Bréfritari: Þórarinn Stefánsson
Dagsetning: A-1933-10-13
Skrifað á: Vesturheimi

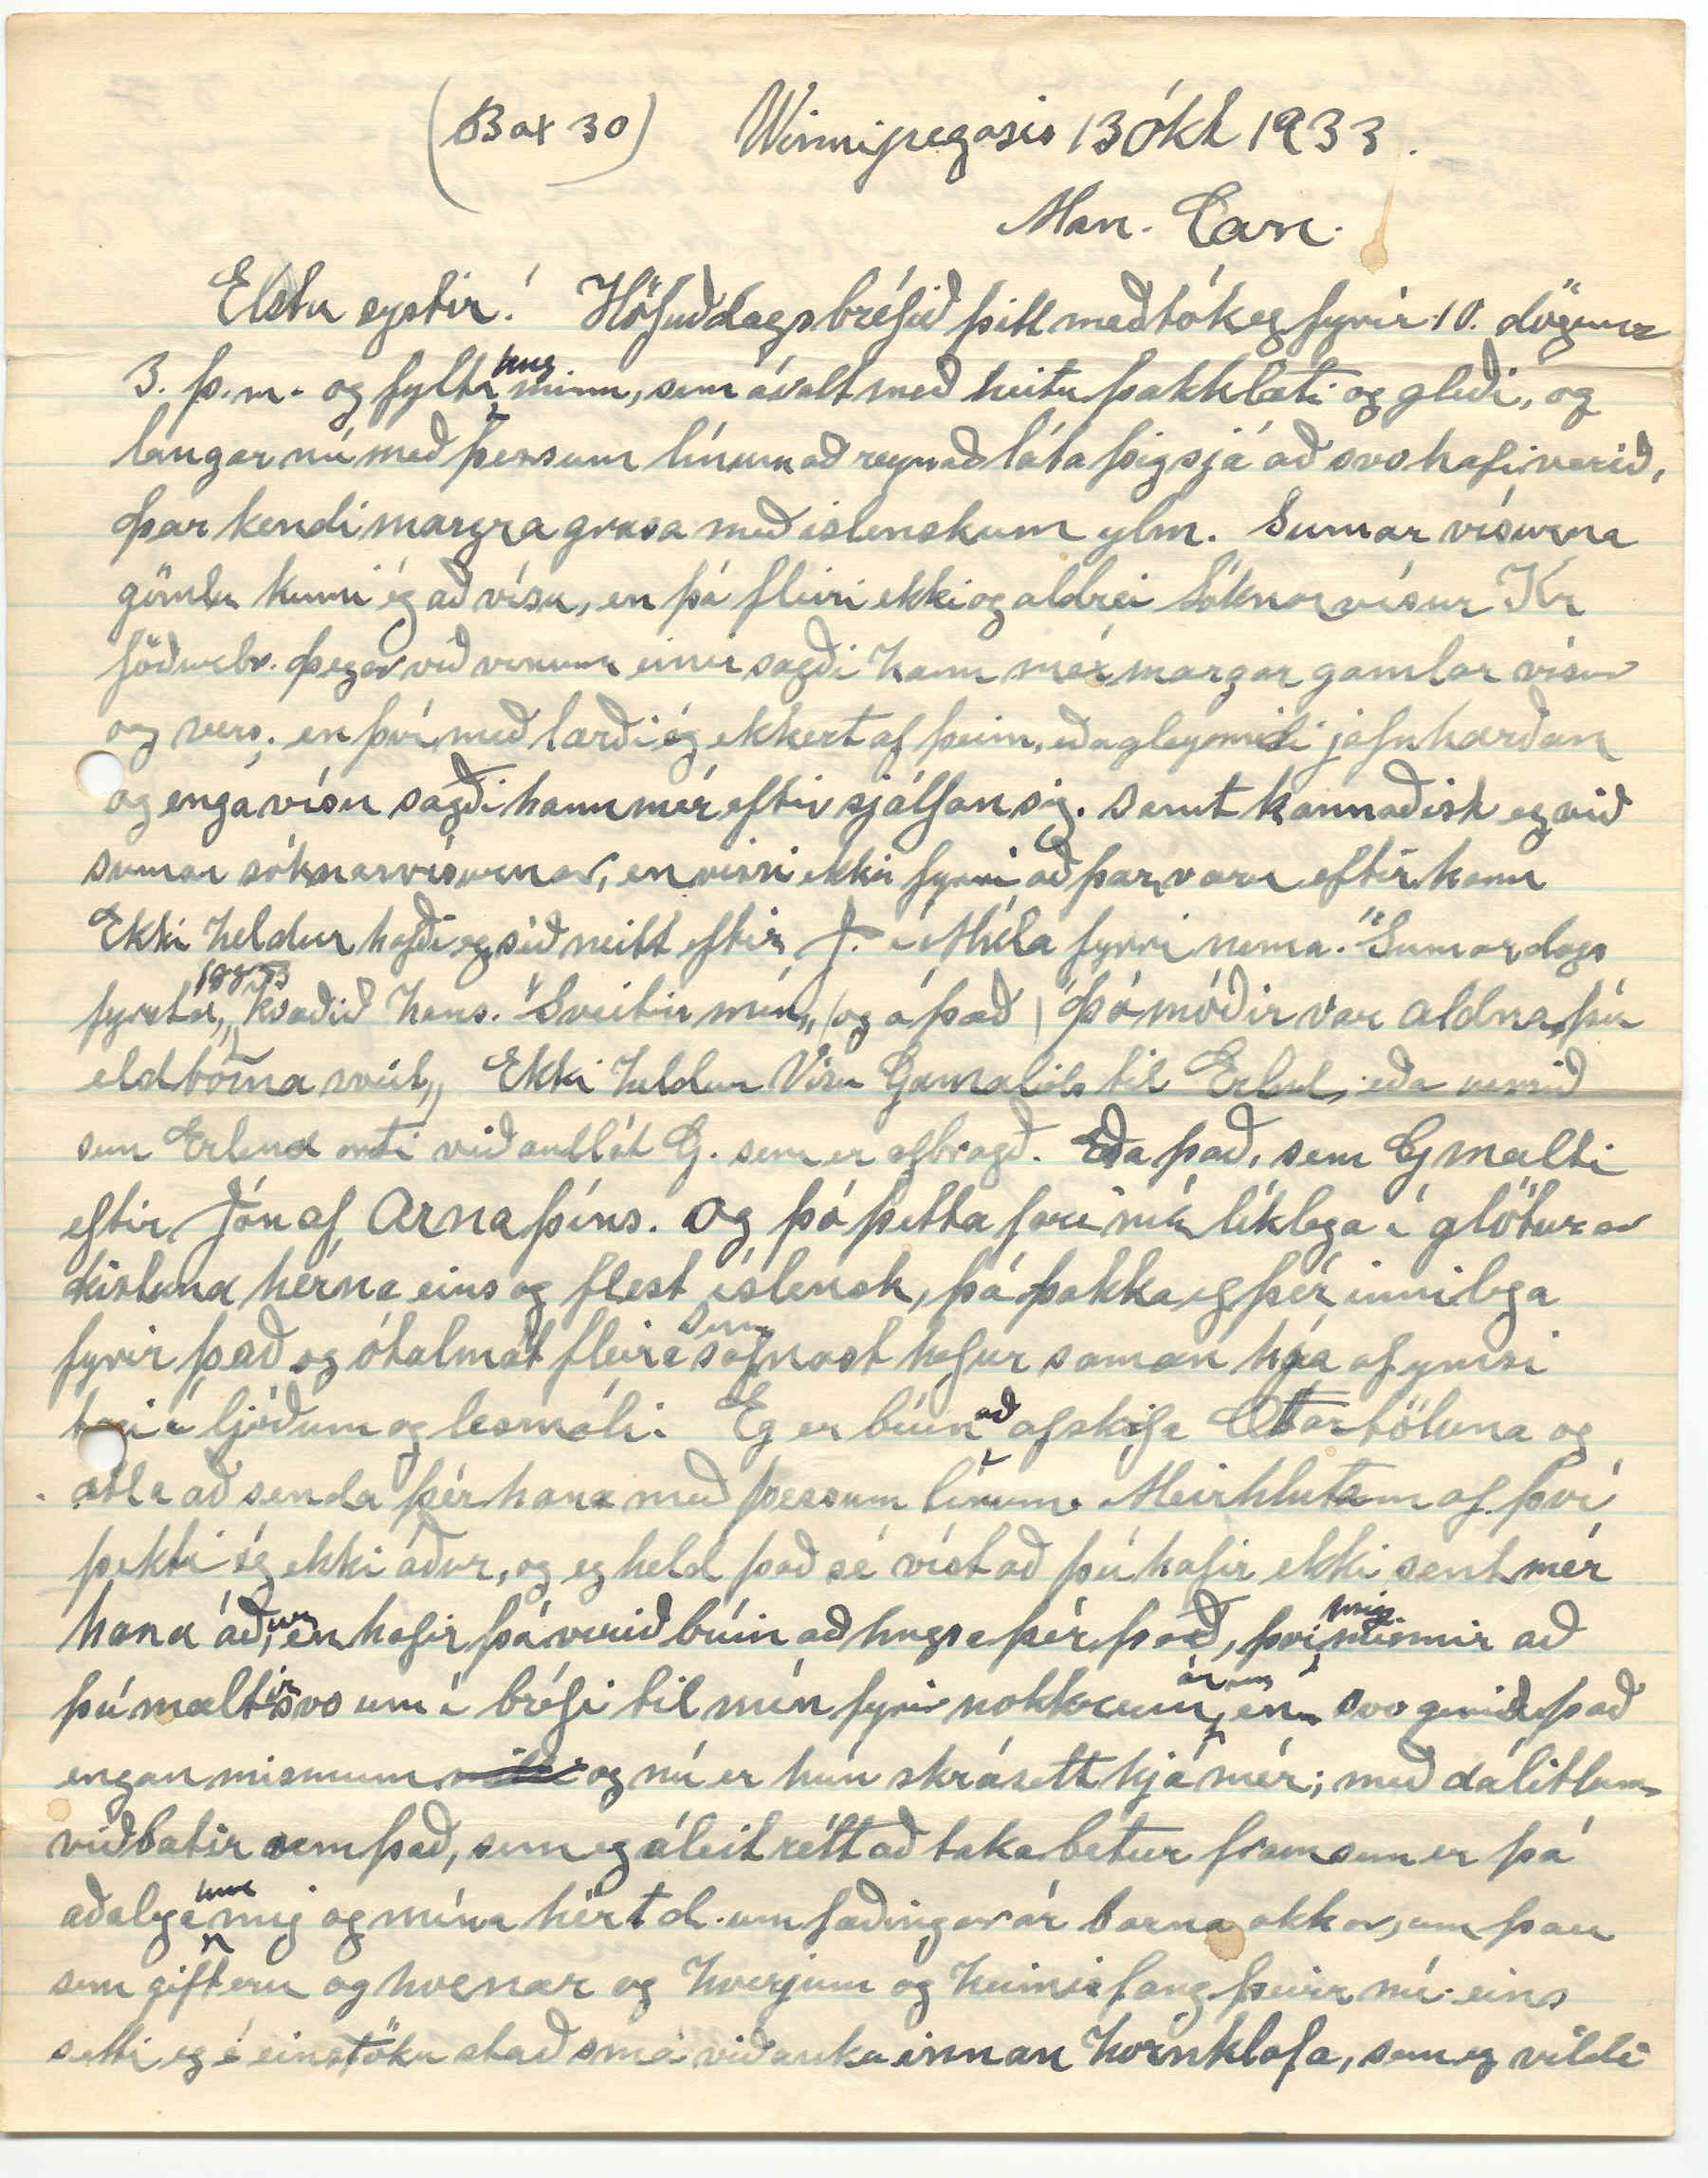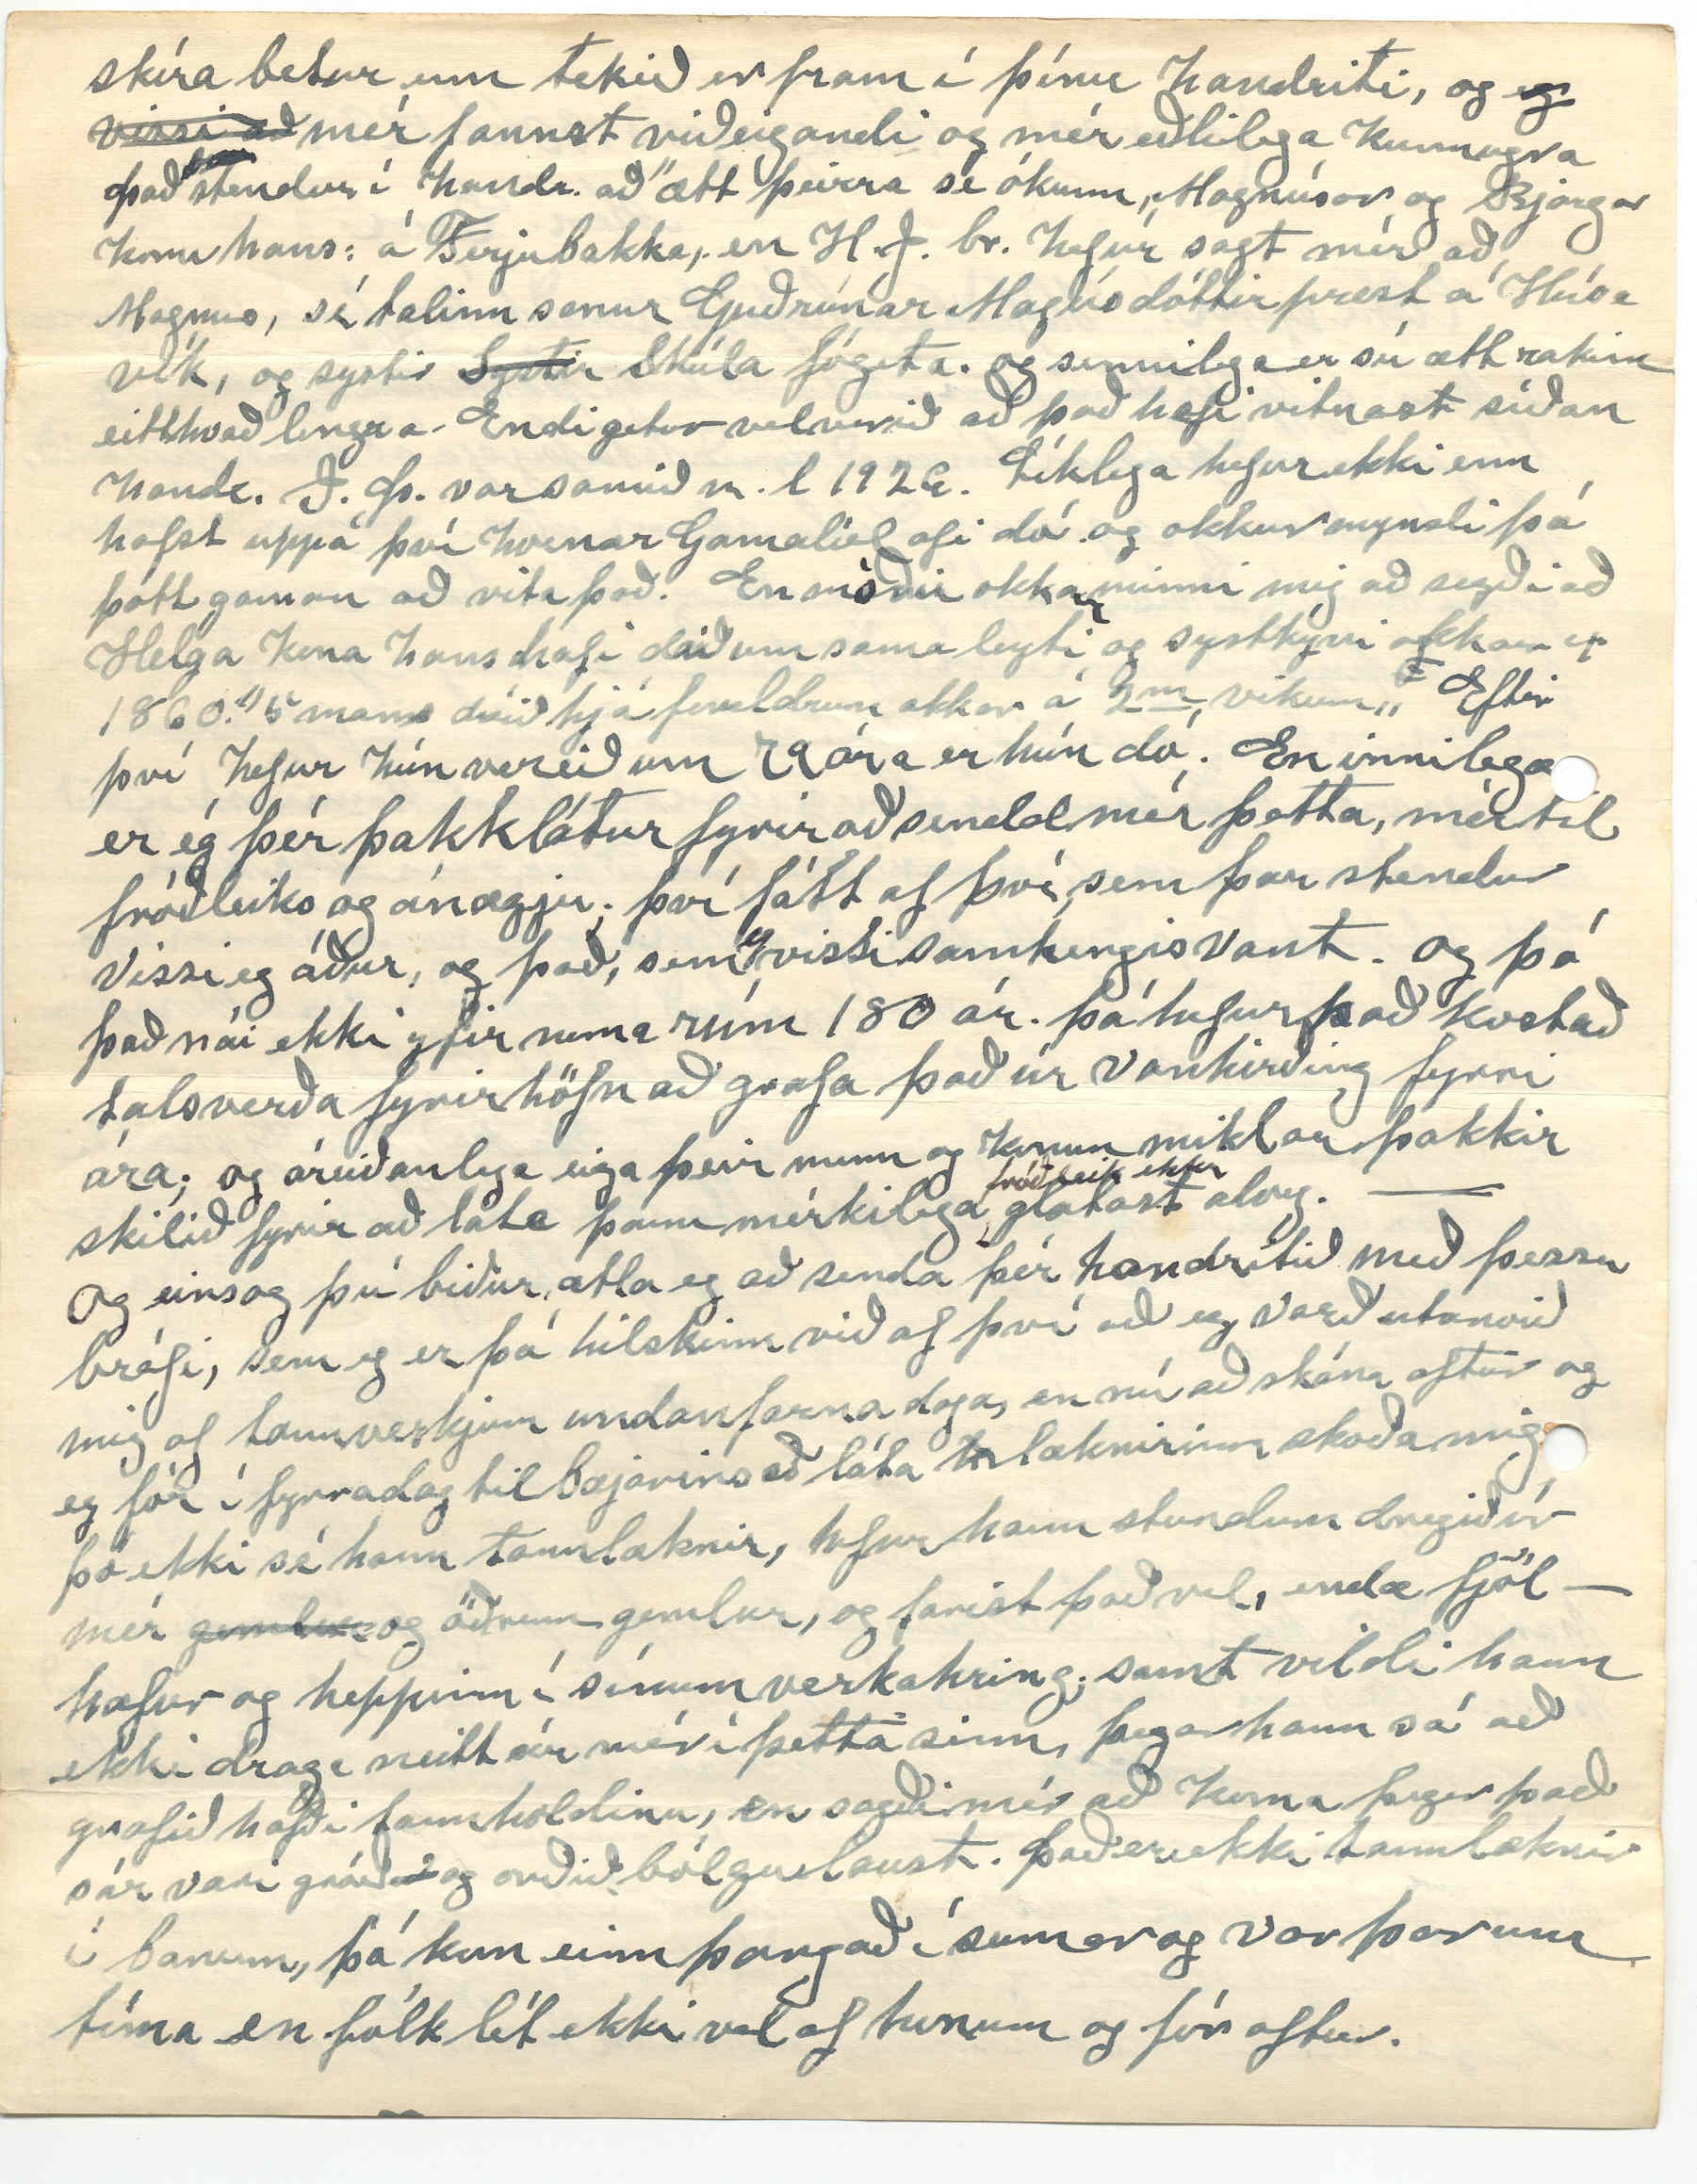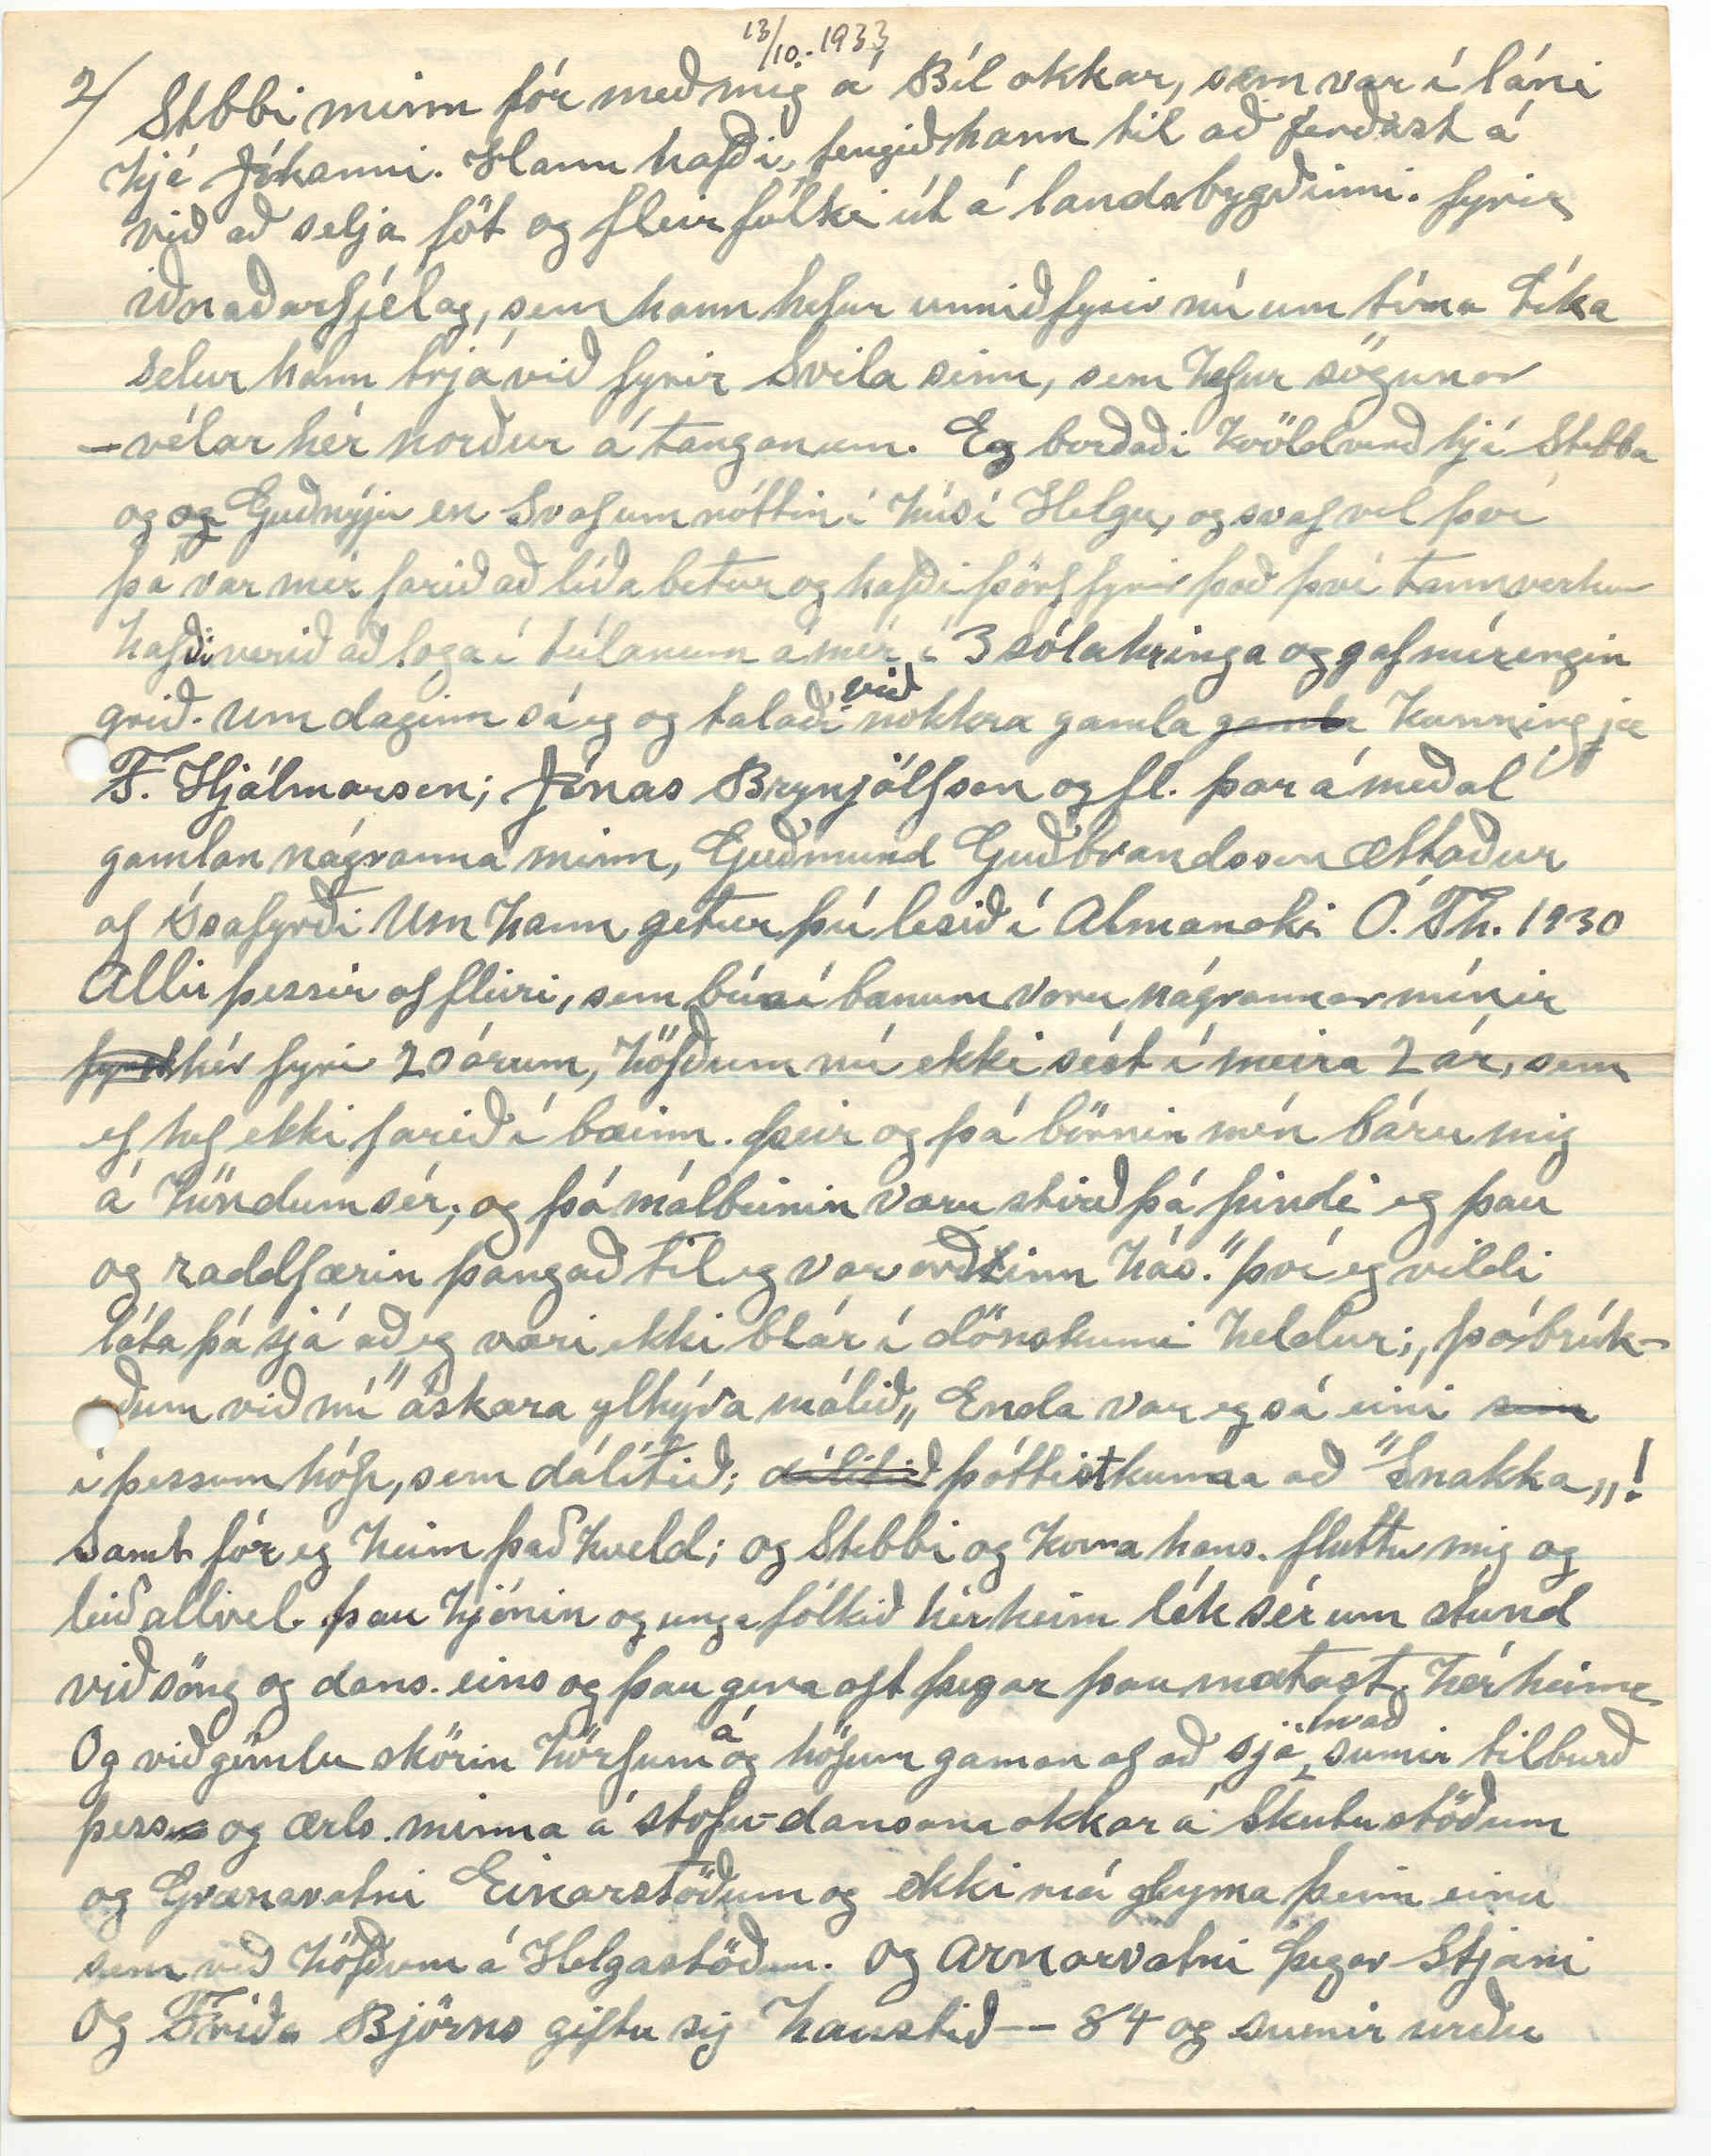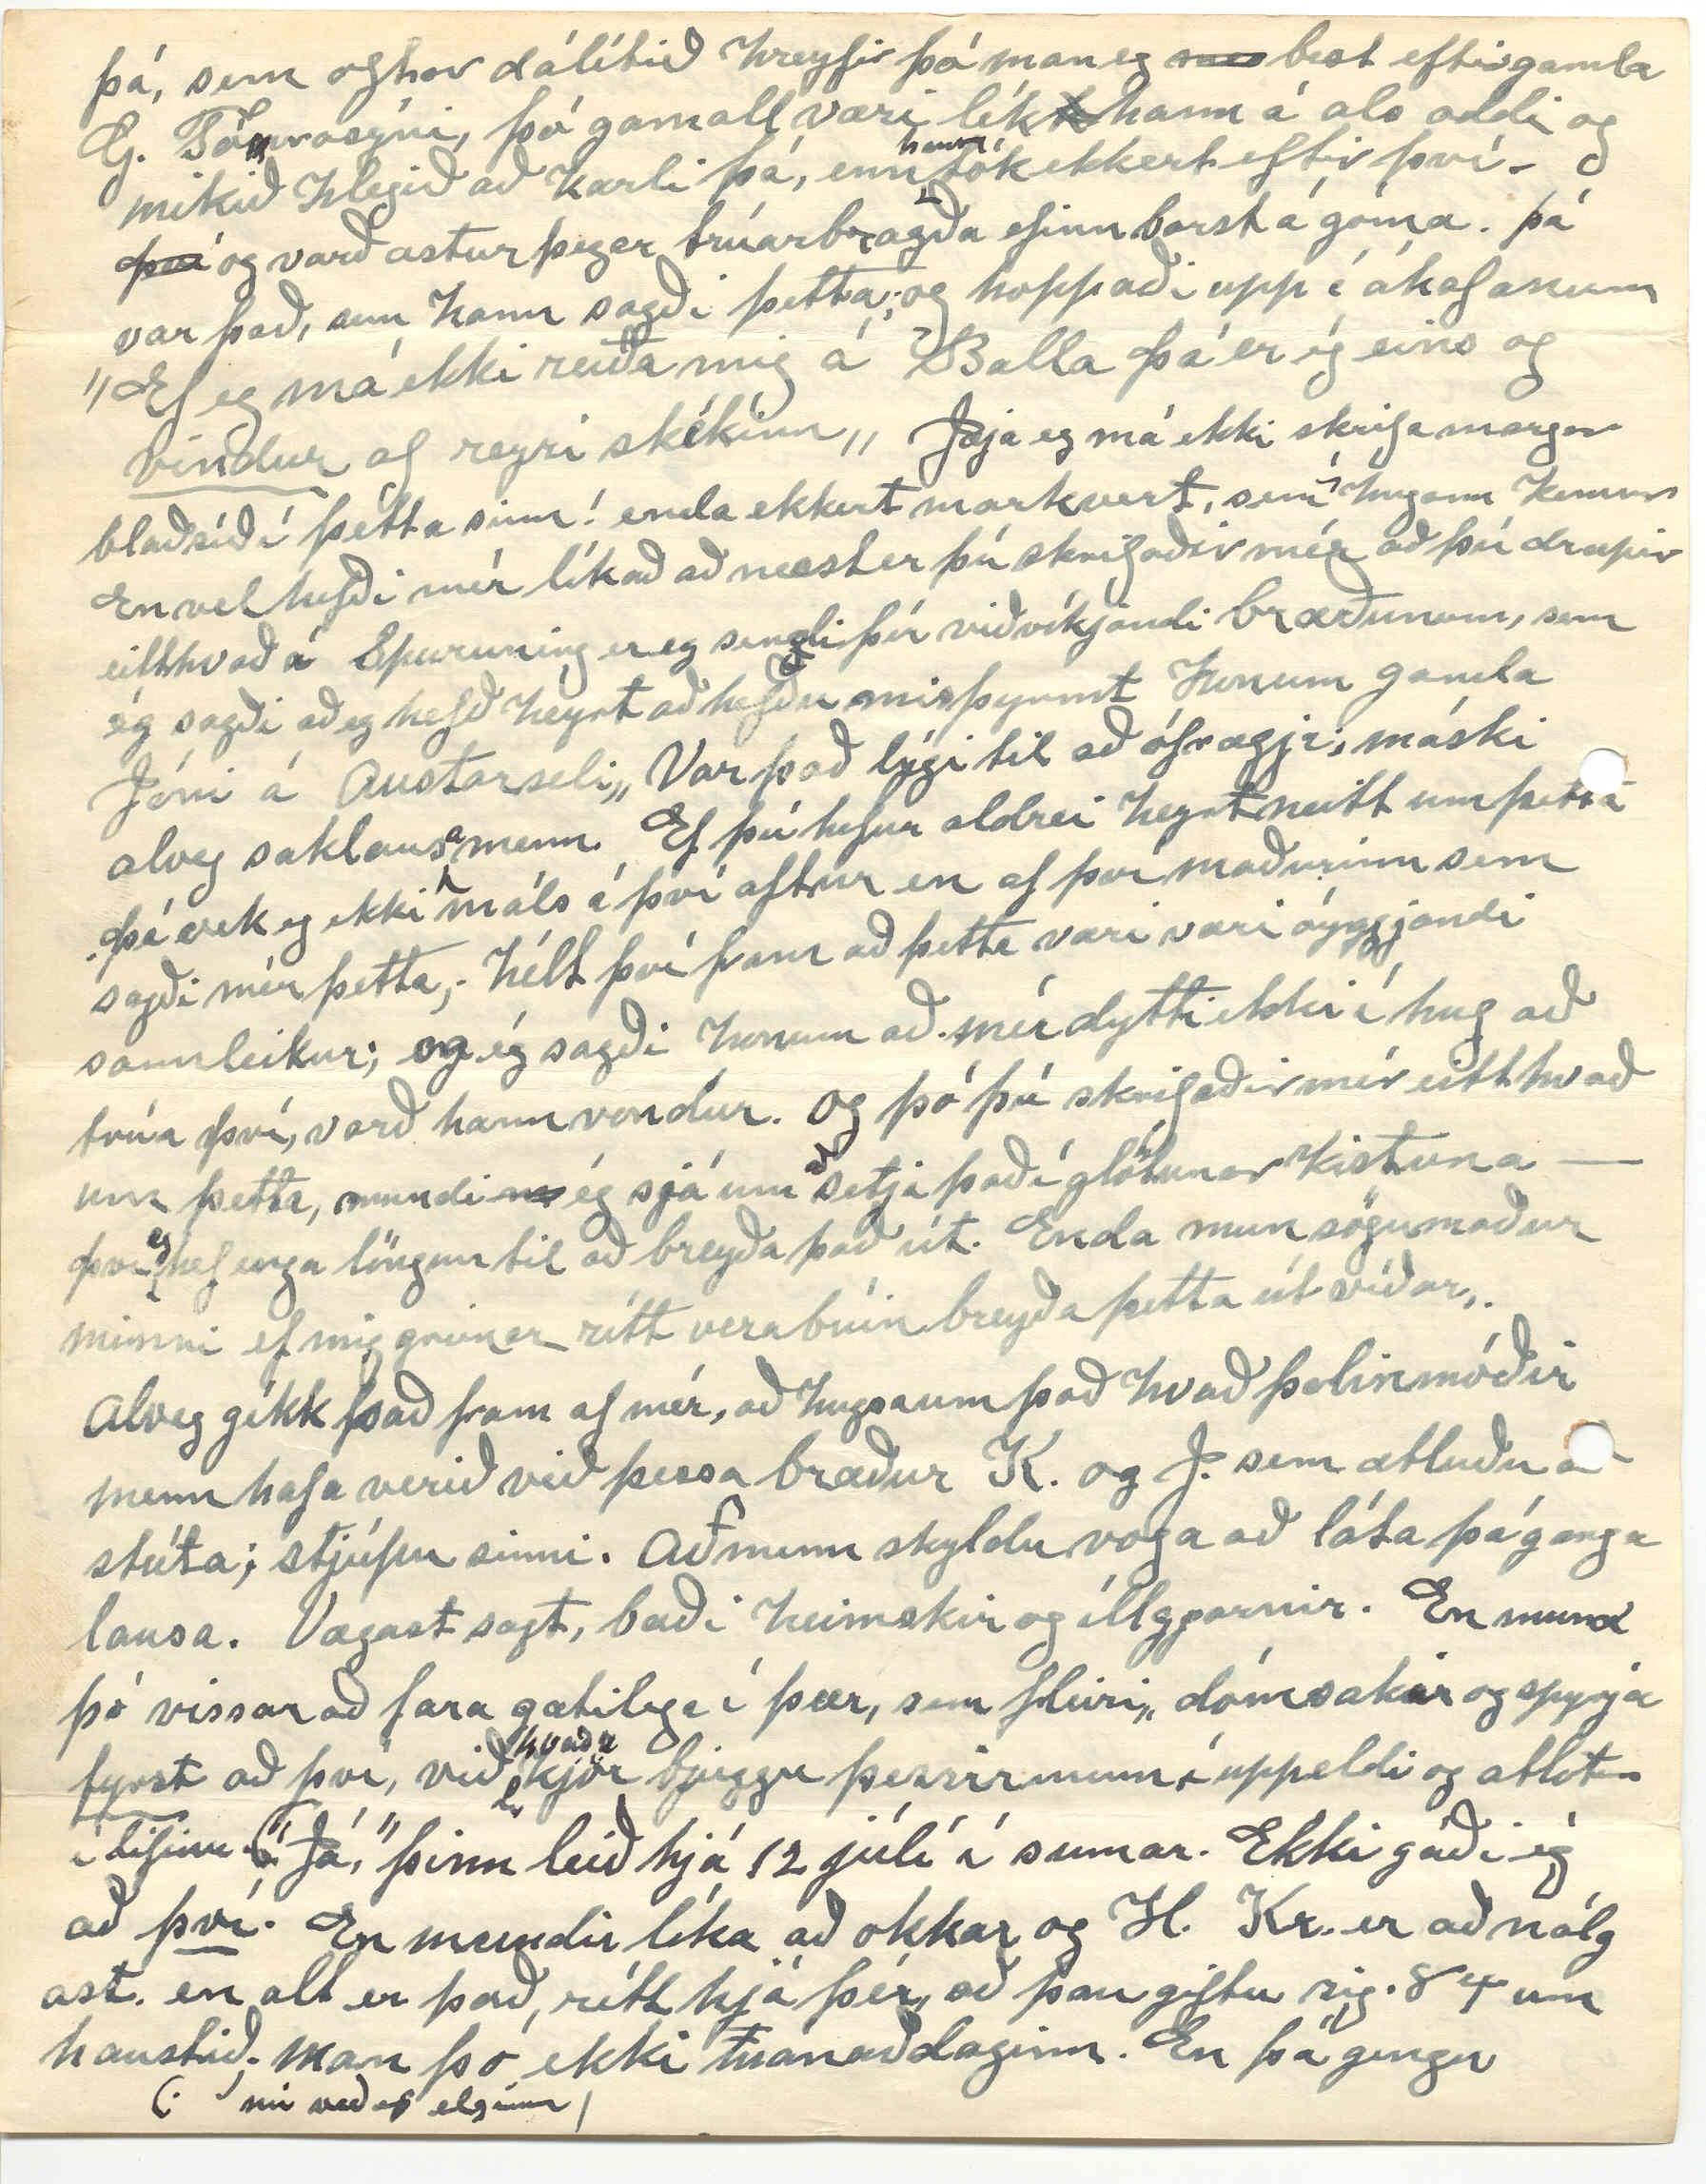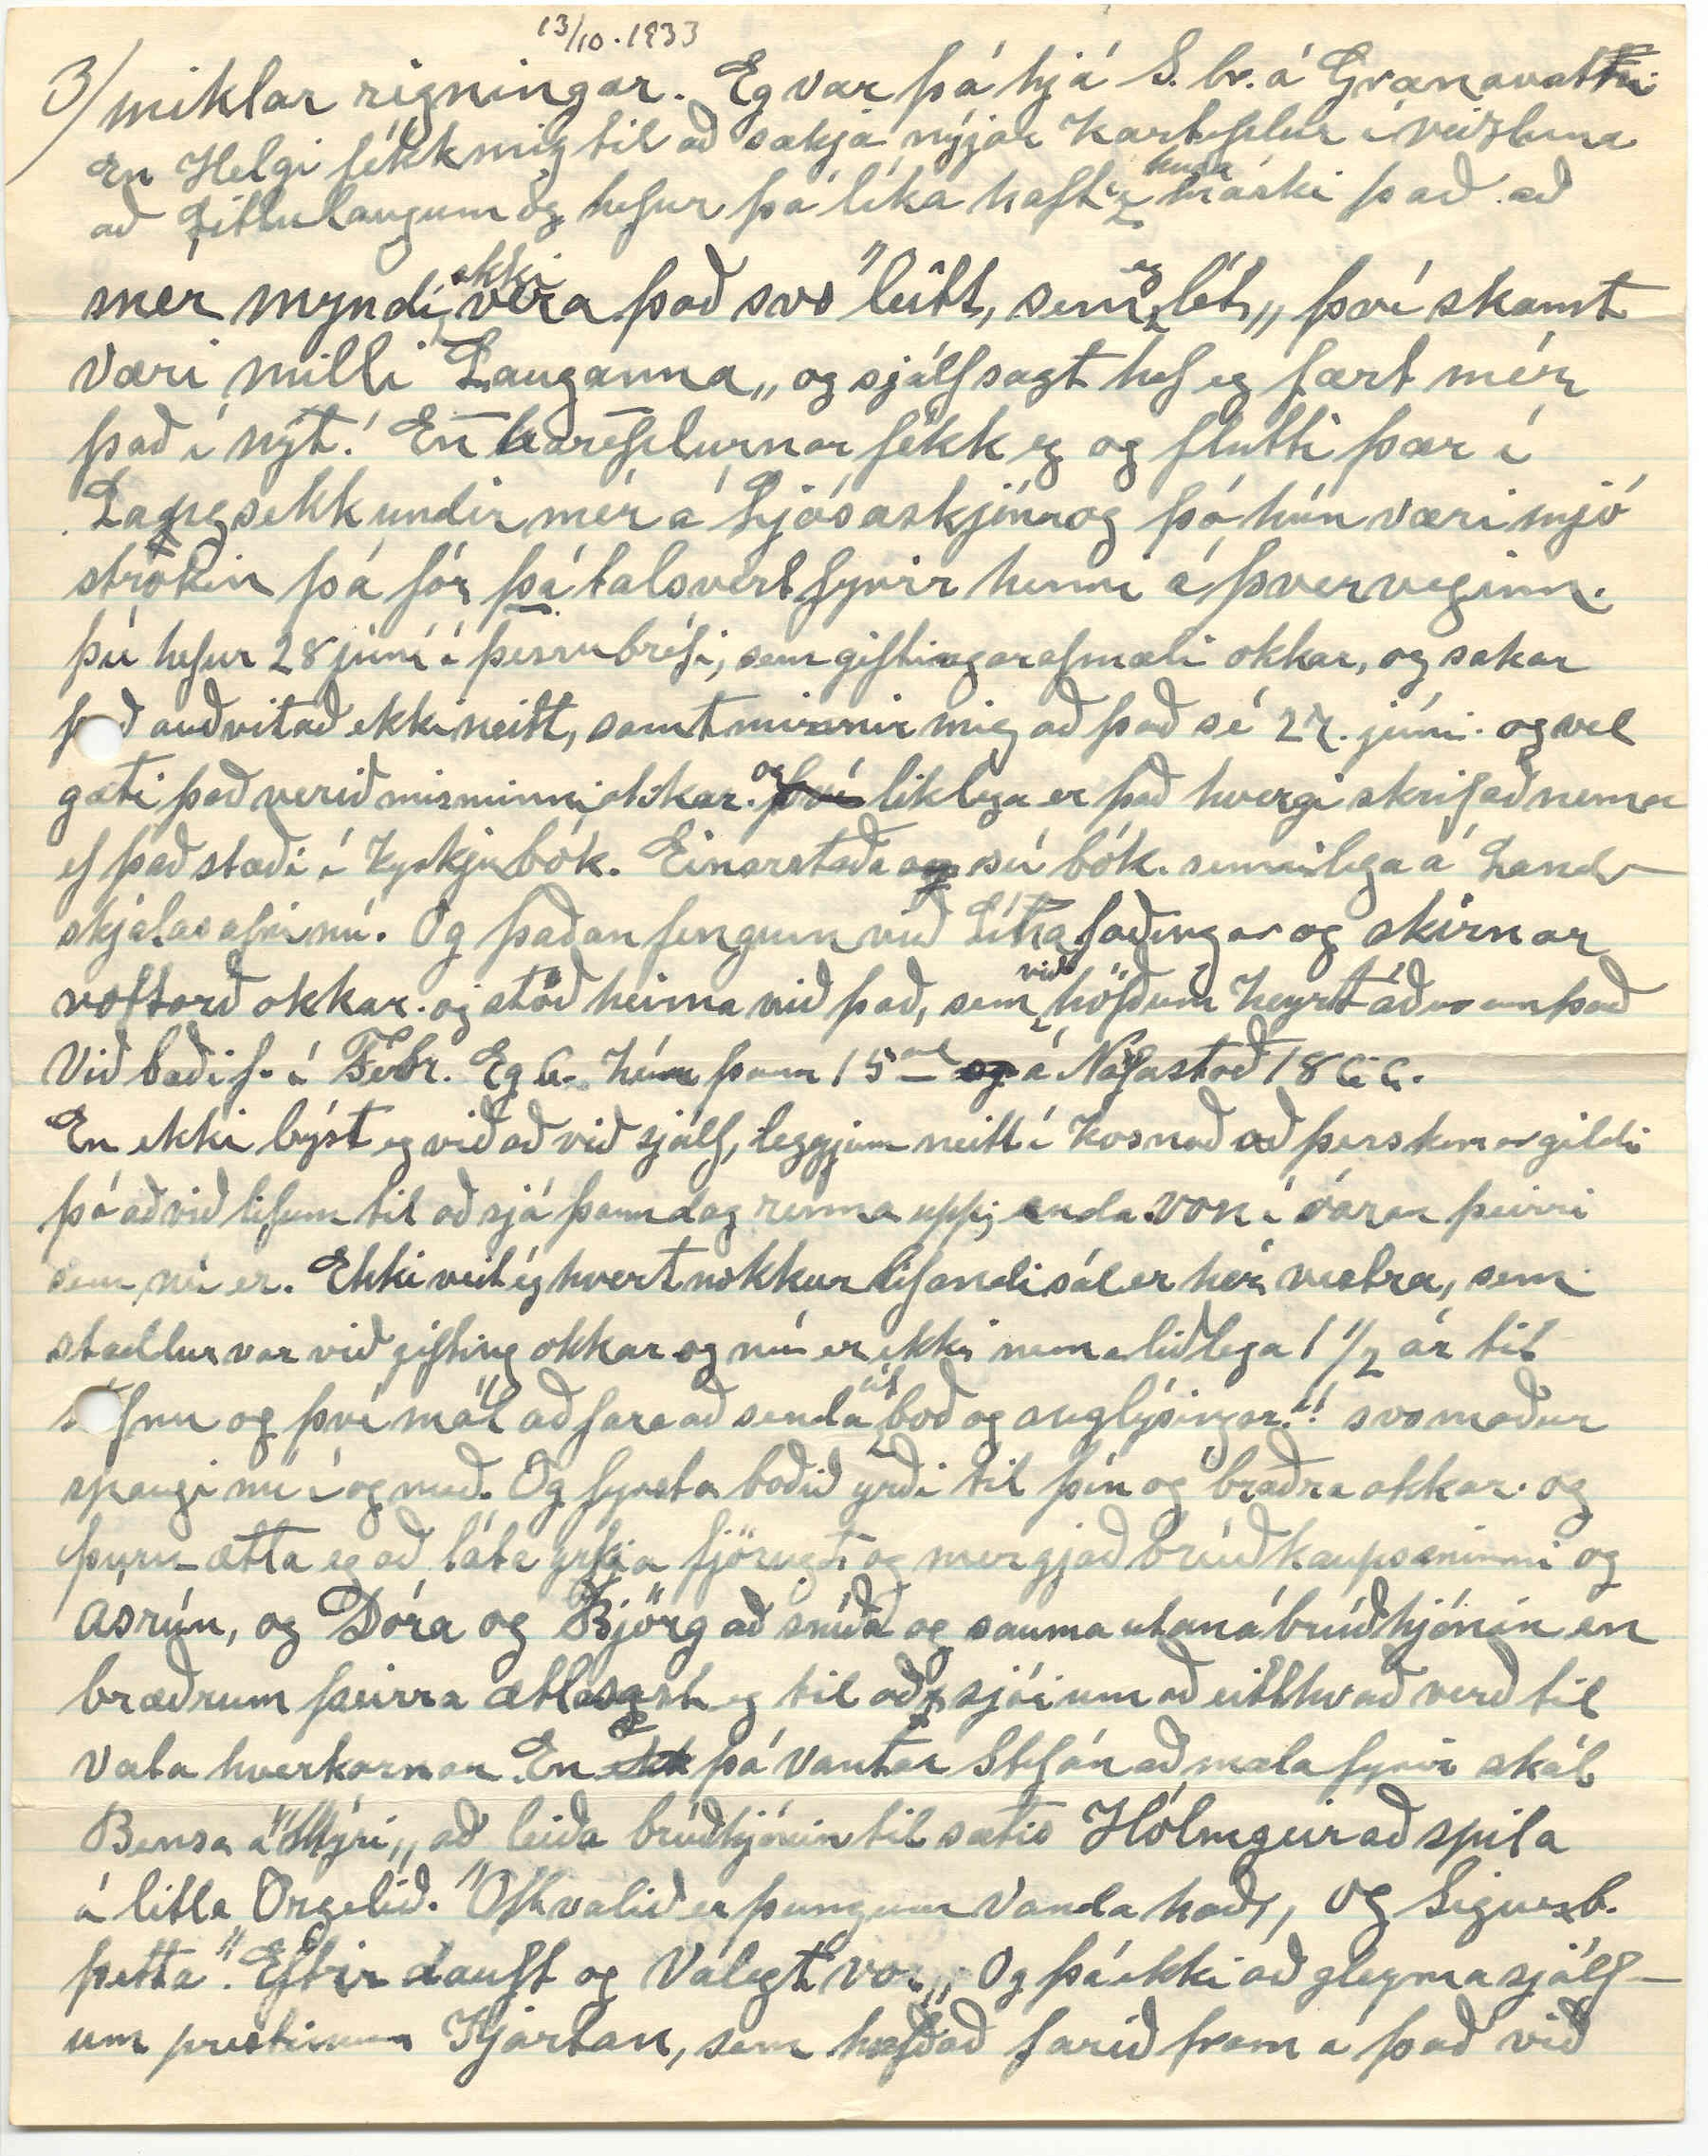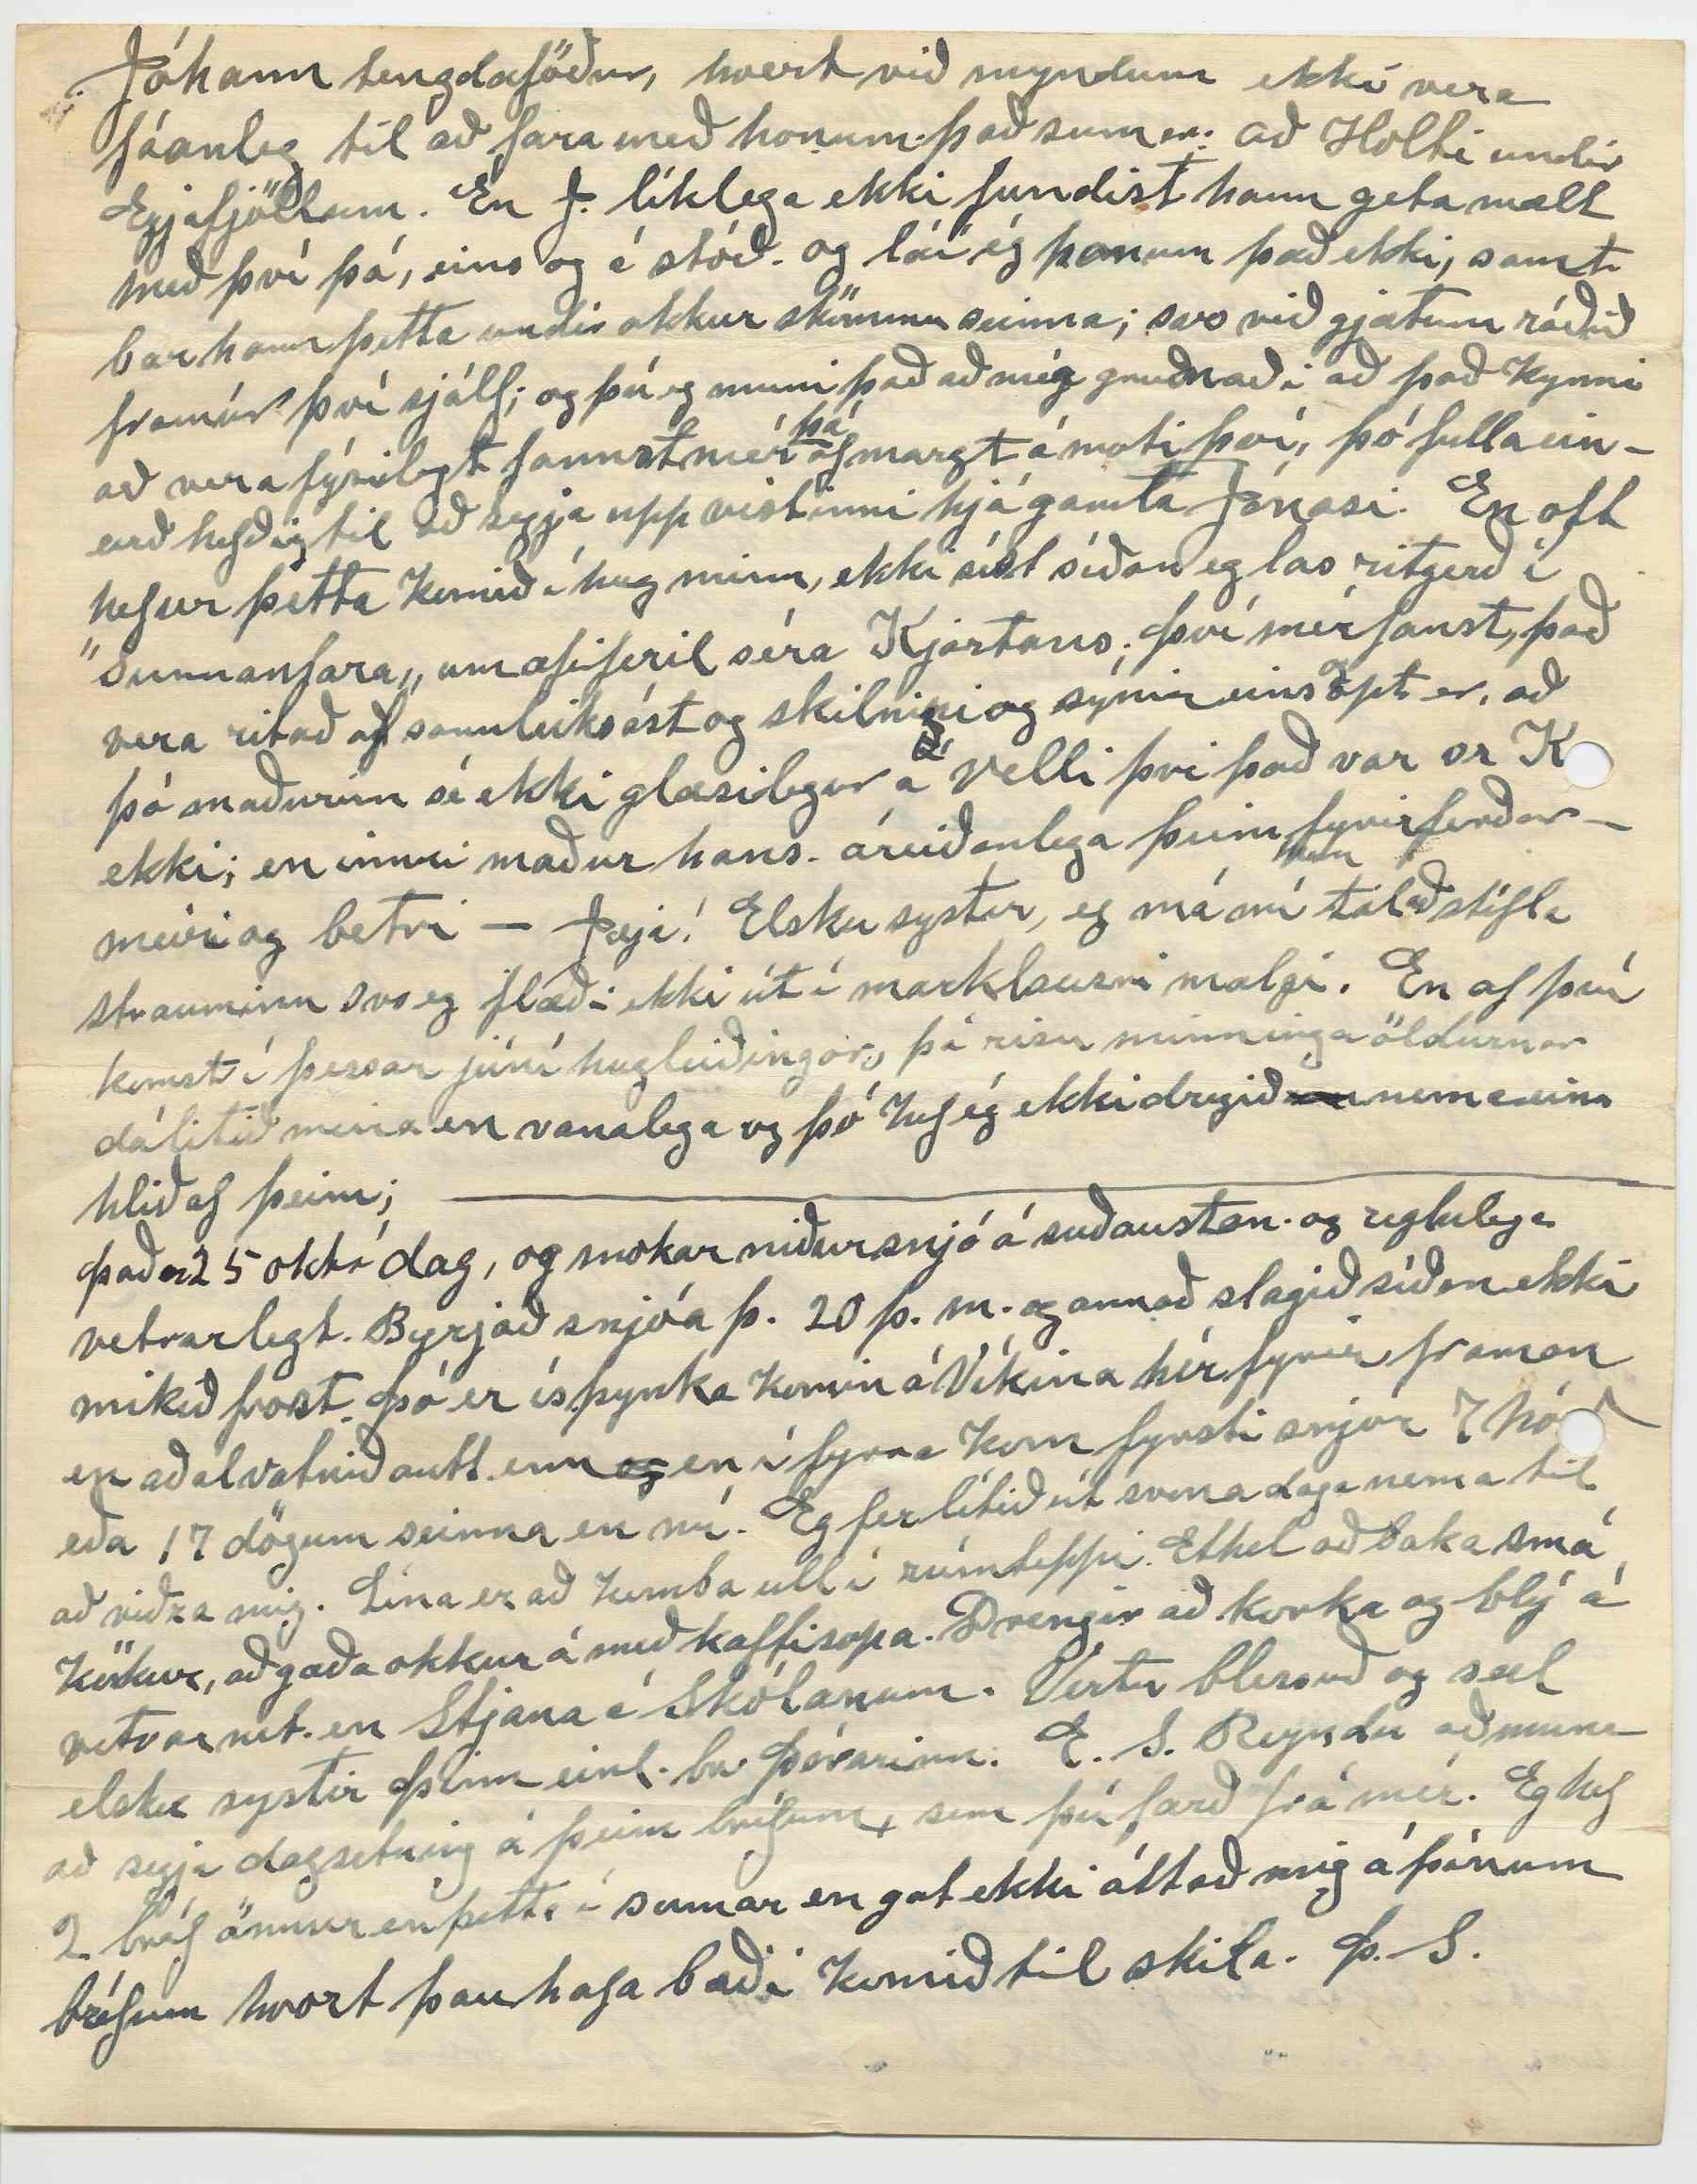

(Box 30) Winnipegosis 13 ókt 1933
Man. Can.
Elsku systir! Höfuðdagsbréfið þitt meðtók eg fyrir 10 dögum 3. þ.m. og fylti
hug
minn, sem ávalt með heitu þakklæti og gleði, og langar nú með þessum línum að reyna að láta þig sjá að svo hafi verið, Þar kendi margra grasa með islenskum ylm. Sumar vísurna gömlu kunni ég að vísu, en þó fleiri ekki og aldrei Sóknarvísur Kr föðurbr. Þegar við vorum einir sagði hann mér margar gamlar vísur og vers; en því mið lærði ég ekkert af þeim, eða gleymdi jafnharðan og enga vísu sagði hann mér eftir sjálfan sig. Samt kannaðist eg við sumar sóknarvísurnar, en vissi ekki fyrri að þær væru eftir hann Ekki heldur hafði eg séð neitt eftir J. í Múla fyrri nema. ”Sumardags fyrsta 1883„ kvæðið hans. ”Sveitin mín„ (og á það) ”Þú móðir vor aldna, þú eldborna sveit„ Ekki heldur Vísu Gamaliels til
Erlend
, eða versið sem Erlend orti við andlát G. sem er afbragð. Eða það, sem G mælti eftir Jón af Arna þíns. Og þó þetta fari nú líklega í glöturarkistuna hérna eins og flest íslensk, þá þakka eg þér innilega fyrir það og ótal mat fleira
sem
safnast hefur saman
hja
af ymsi
tagi
í ljóðum og lesmáli. Eg er búin
að
afskrifa Ætartöluna og ætla að senda þér hana með þessum línum. Meirhlutann af því þekki ég ekki áður, og eg held það sé víst að þú hafir ekki sent mér hana áð
ur
, en hafir þó verið búin að hugsa þér það, þvi
mig
minnir að þú mælt
ir
svo um í bréfi til mín fyrir nokkrum
árum
en svo gerir það engan mismun
mill
og nú er hún skrásett hjá mér; með dálitlum viðbætir sem það, sem eg áleit rétt að taka betur fram sem er þó aðalega
um
mig og mína hér t.d. um fæðingarár barna okkar, um þau sem gift eru og hvenær og hverjum og heimilisfang þeirr nú. eins setti eg á einstöku stað smá viðauka innan hornklofa, sem eg vildi
skíra betur um tekið er fram í þínu handriti, og
eg vissi að
mér fannst viðeigandi og mér eðlilega kunnugra Það
sem
stendur í handr. að ”ætt þeirra sé ókunn„ Magnúsar og Bjargar konu hans: á Ferjubakka, en H. J. br. hefur sagt mér að Magnus, sé talinn sonur Guðrúnar Magúsdóttir prest á Húsavík, og systir
Systir
Skúla fógeta. og sennilega er sú ætt rakin eitthvað lengra. Endi getur vel verið að það hafi vitnast síðan handr. J. Þ. var samið n.l. 1926. Líklega hefur ekki enn hafst uppá því hvenær Gamalíel afi dó og okkur myndi þó þótt gaman að vita það. En móðir okkar minni mig að segði að Helga kona hans hafi dáið um sama leyti og systkyni okkar 4 1860. ”5 mans dáið hjá foreldrum okkar á 2
m
vikum„ Eftir því hefur hún verið um 79 ára er hún dó. En innilega er ég þér þakklátur fyrir að sendd mér þetta, mér til fróðleiks og ánægju; því fátt af því, sem þar stendur vissi eg áður, og það, sem
eg
vissi samhengisvant. og þó það nái ekki yfir nema rúm 180 ár. þá hefur það kostað talsverða fyrirhöfn að grafa það úr vanhirðing fyrri ára; og áreiðanlega eiga þeir menn og konur miklar þakkir skilið fyrir að láta þann mérkilega
fróðleik ekki
glatast alveg.
Og eins og þú biður, ætla eg að senda þér handritið með þessu bréfi, sem eg er þó hilskinn við af því að eg varð utanvið mig af tannverkjum undanfarna daga, en nú að skána aftur og eg fór í fyrradag til bæjarins að láta
t
læknirinn skoða mig þó ekki sé hann tannlæknir, hefur hann stundum dregið úr mér
gemlur
og öðrum gemlur, og farist það vel, enda fjölhæfur og heppinn í sínum verkahring; samt vildi hann ekki draga neitt úr mér í þetta sinn, þegar hann sá að grafið hafði tannholdinu, en sagði mér að koma þegar það sár væri gróð og orðið bólgulaust. Það er ekki tannlæknir í bænum, þó kom einn þangað í sumar og var þar um tíma en fólk lét ekki vel af honum og fór aftur.
Stbbi minn fór með mig á Bíl okkar, sem var í láni hjá Jóhanni. Hann hafði, fengið hann til að ferðast á við að selja föt og fleir fólki út á landsbygðinni. fyrir iðnaðarfjelag, sem hann hefur unnið fyrir nú um tíma Líka selur hann trjávið fyrir Svila sinn, sem hefur sögunarvélar hér norður á tanganum. Eg borðaði kvöldverð hjá Stebba og
og
Guðnýju en Svaf um nóttin í húsí Helgu, og svaf vel því þá var mér farið að líða betur og hafði þörf fyrir það því tannverkur hafði verið að loga í túlanum á mér í 3 sólahringa og gaf mér engin grið. Um daginn sá eg og talaði
við
nokkra gamla
gamla
kunningja F. Hjálmarson; Jónas Brynjólfson og fl. þar á meðal gamlan nágranna minn, Guðmund Guðbransson ættaður af Ísafyrði. Um hann getur þú lesið í Almanaki Ó. Th. 1930 Allir þessir of fleiri, sem búa í bænum voru nágrannar mínir
fyrst
hér fyrir 20 árum, höfðum nú ekki sést í meira 2 ár, sem ef hef ekki farið í bæinn. Þeir og þá börnin mín báru mig á höndum sér; og þó málbeinin væru stirð þá pindi eg þau og raddfærin þangað til eg var orð
t
inn hás. ”því eg vildi láta þá sjá að eg væri ekki blár í dönskunni heldur;, þó brúkuðum við nú áskæra ylhýra málið„ Enda var eg sá eini
sem
í þessum hóp, sem dálítið;
dálítið
þóttist kunna að ”Snakka„! Samt fór eg heim það kveld; og Stebbi og kona hans. fluttu mig og leið allvel. Þau hjónin og unga fólkið hér heim lék sér um stund við söng og dans. eins og þau gera oft þegar þau mætast. hér heima Og við gömlu skörin hörfum
á
og höfum gaman af að sjá
hvað
sumir tilburð þess
u
og ærls minna á stofu-dansana okkar á Skutustöðum og Grænavatni Einarstöðum og ekki má gleyma þeim einu sem við höfðum á Helgastöðum. Og Arnarvatni Þegar Stjani og Fríða Björns giftu sig haustið -84 og sumir urðu
þá, sem oftar dálítið hreyfir þó man eg
mes
best eftir gamla G.
Tó000asýni
þó gamall væri lék
k
hann á als oddi og mikið hlegið að karli þá, enn
hann
tók ekkert eftir því.
Því
og varð æstur þegar trúarbragða efinn barst á góma. Þá var það, sem hann sagði þetta; og hoppaði upp í ákafanum ”Ef eg má ekki reiða mig á Balla Þá er ég eins og
vindur
af reyri skékinn„ Jæja eg má ekki skrifa margar blaðsíð í þetta sinn! enda ekkert markvert, sem
í
hugann kemur En vel hefði mér líkað að næst er þú skrifaðir mér að þú dræpir eitthvað á Spuruning er eg sendi þér viðvíkjandi bræðunum, sem ég sagði að eg hefð heyrt að hefðu misþyrmt honum gamla Jóni á Austarseli ”Var það lýgi til að ófrægja; máski alveg saklaus
a
menn. Ef þú hefur aldrei heyrt neitt um þetta Þá vek eg ekki máls á því aftur en af því maðurinn sem sagði mér þetta; hélt því fram að þetta væri væri óyggjandi sannleikur; og ég sagði honum að mér dytti ekki í hug að trúa því, varð hann vondur. og þó þú skrifaðir mér eitthvað um þetta, mundi
m
ég sjá um
að
setja það í glötunarkistuna - Því
eg
hef enga löngun til að breyða það út. Enda mun sögumaður minni ef mig grunar rétt vera búin breyða þetta út víðar. Alveg gékk það fram af mér, að hugsa um það hvað þolinmóðir menn hafa verið við þessa bræður K. og J. sem ætluðu að stúta; stjúpu sinni. Að menn skyldu voga að láta þá ganga lausa. Vægast sagt, bæði heimskir og íllgjarnir. En mun
0
þó vissar að fara gætilega í þær, sem fleiri, dómsakir og spyrja
fyrst
að því, við
hvaða
kjör bjuggu þessir menn í uppeldi og atlotum í lifinu.
nú veð eg elginn
Já, ”þinn leið hjá 12 júlí í sumar. Ekki gáði ég að
því
. En mundi líka að okkar og H. Kr. er að nálgast. en alt er það rétt hjá þér, að þau giftu sig. 84 um haustið. man þó ekki mánaðdaginn. En þá gengu
miklar rigningar. Eg var þá hjá S. br. á Grænavatni En Helgi fékk mig til að sækja nýjar kartoplur í veisluna að Litlulaugum og hefur þá líka haft í
huga
máski það að mér myndi
ekki
vera það svo ”leitt, sem
eg
lét„ því skamt væri milli Lauganna„ og sjálfsagt hef eg fært mér það í nýt! En karoplurnar fékk eg og flutti þær í Langsekk undir mér á Ljósaskjóna og þó hún væri mjóstrokin þá fór
þá
talsvert fyrir henni á þverveginn. Þú hefur 28 júní í þessu bréfi, sem giftingarafmæli okkar, og sakar það auðvitað ekki neitt, samt minnir mig að það sé 27. júni. og vel gæti það verið misminni okkar.
því
og liklega er það hvergi skrifað nema ef það stæði í kyrkjubók. Einarstaða og sú bók sennilega á Landskjalasafni nú. Og þaðan fengum við Lína fæðingar og skírnarvottorð okkar. og stóð heima við það, sem
við
höfðum heyrt áður um það Við bæði f. í Febr. Eg 6. hún þann 15
nd
og
á Nafastoð 1866. En ekki býst eg við að við sjalf, leggjum neitt í kosnað að þesskonar gildi þó að við lifum til að sjá þann dag renna upp; enda von í óvon þeirri sem nú er. Ekki veit ég hvort nokkur lifandi sál er hér vestra, sem staddur var við gifting okkar og nú er ekki nema liðlega 1 1/2 ár til stefnu og því mál að fara að senda
út
boð og auglýsingar!! svo maður spaugi nú í og með. Og fyrsta boðið yrði til þín og bræðra okkar. og Þuru ætla eg að láta yrkja fjörugt og mergjað brúðkaupsminni og Ásrún, og Dóra og Björg að sníða og sauma utan á brúðhjónin en bræðrum þeirra ætlasast eg til að sjái um að eitthvað verð til væta hverkarnar. En
ekk
þá vantar Stefán að mæla fyrir skál Bensa á ”Mýri„ að leiða brúðhjónin til sætis Hólmgeir að spila á litla Orgelið. ”Oft valið er þungum vanda háð„ og Sigurb. þetta. ”Eftir dauft og válegt vor„ Og þá ekki að gleyma sjálfum prestinum Kjartan, sem
hafðað
farið fram á það við
Jóhann tengdaföður, hvort við myndum ekki vera fáanleg til að fara með honum það sumar: að Holti undir Eyjafjöllum. En J. líklega ekki fundist hann geta mælt með því þá, eins og á stóð. og lái ég honum það ekki, samt bar hann þetta undir okkur skömmu seinna; svo við gjætum ráðið framúr því sjálf; og þó eg muni það að mig gruðnaði að það kynni að vera fýsilegt fannst mér
þá
of margt á moti því, þó fulla einurð hafðig til að segja upp vistinni hjá gamla Jónasi. En oft hefur þetta komið í hug minn, ekki síst síðan eg las ritgerð í ”Sunnanfara„ um æfiferil séra Kjartans; Því mér fanst, það vera ritað af sannleiksást og skilnini og sýnir eins
og
opt er, að þó maðurinn sé ekki glæsilegur á velli þvi það var sr K ekki; en innri maður hans. áreiðanlega þeim
mun
fyrirferðarmeiri og betri - Jæja! Elsku systir, eg má nú til að stífla strauminn svo eg flæði ekki út í marklausri mælgi. En af því komst í þessar júní hugleiðingar, þá risu minningaöldurnar dálitið meira en vanalega og þó hef ég ekki dregið
um
nema eina hlið af þeim;
Það er 25 okt í dag, og mokar niður snjó á suðaustan. og reglulega vetrarlegt. Byrjað snjóa þ. 20 þ.m. og annað slagið síðan ekki mikið frost. Þó er ísþynka komin á Víkina hér fyrir framan en aðalvatnið autt enn
og
en í fyrra kom fyrsti snjor 7 nóv eða 17 dögum seinna en nú. Eg fer lítið út svona daga nema til að viðra mig. Lína er að kemba ull í rúmteppi. Ethel að baka smákökur, að gæða okkur á með kaffisopa. Drengir að korka og blý á vetrarnet. en Stjana á Skólanum. Vertu blessuð og sæl elsku systir Þinn einl. br. Þórarinn.
E. S. Reyndu að muna að segja dagsetning á þeim bréfum, sem þú færð frá mér. Eg hef 2. bréf önnur en þetta í sumar en gat ekki áttað mig á þínum bréfum hvort þau hafa bæði komið til skila. Þ. S.